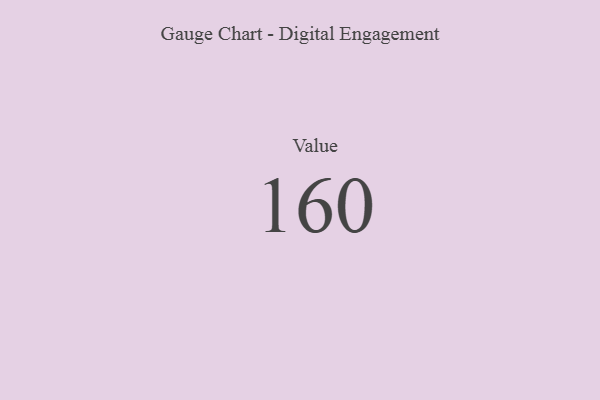
{"axis": {"x": "Metric", "y": "Value"}, "legend": [""], "data": [{"x": "Value", "y": 160, "type": ""}]}